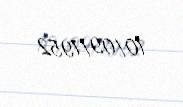
10/09/1952